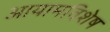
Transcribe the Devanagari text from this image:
आयामविशेष